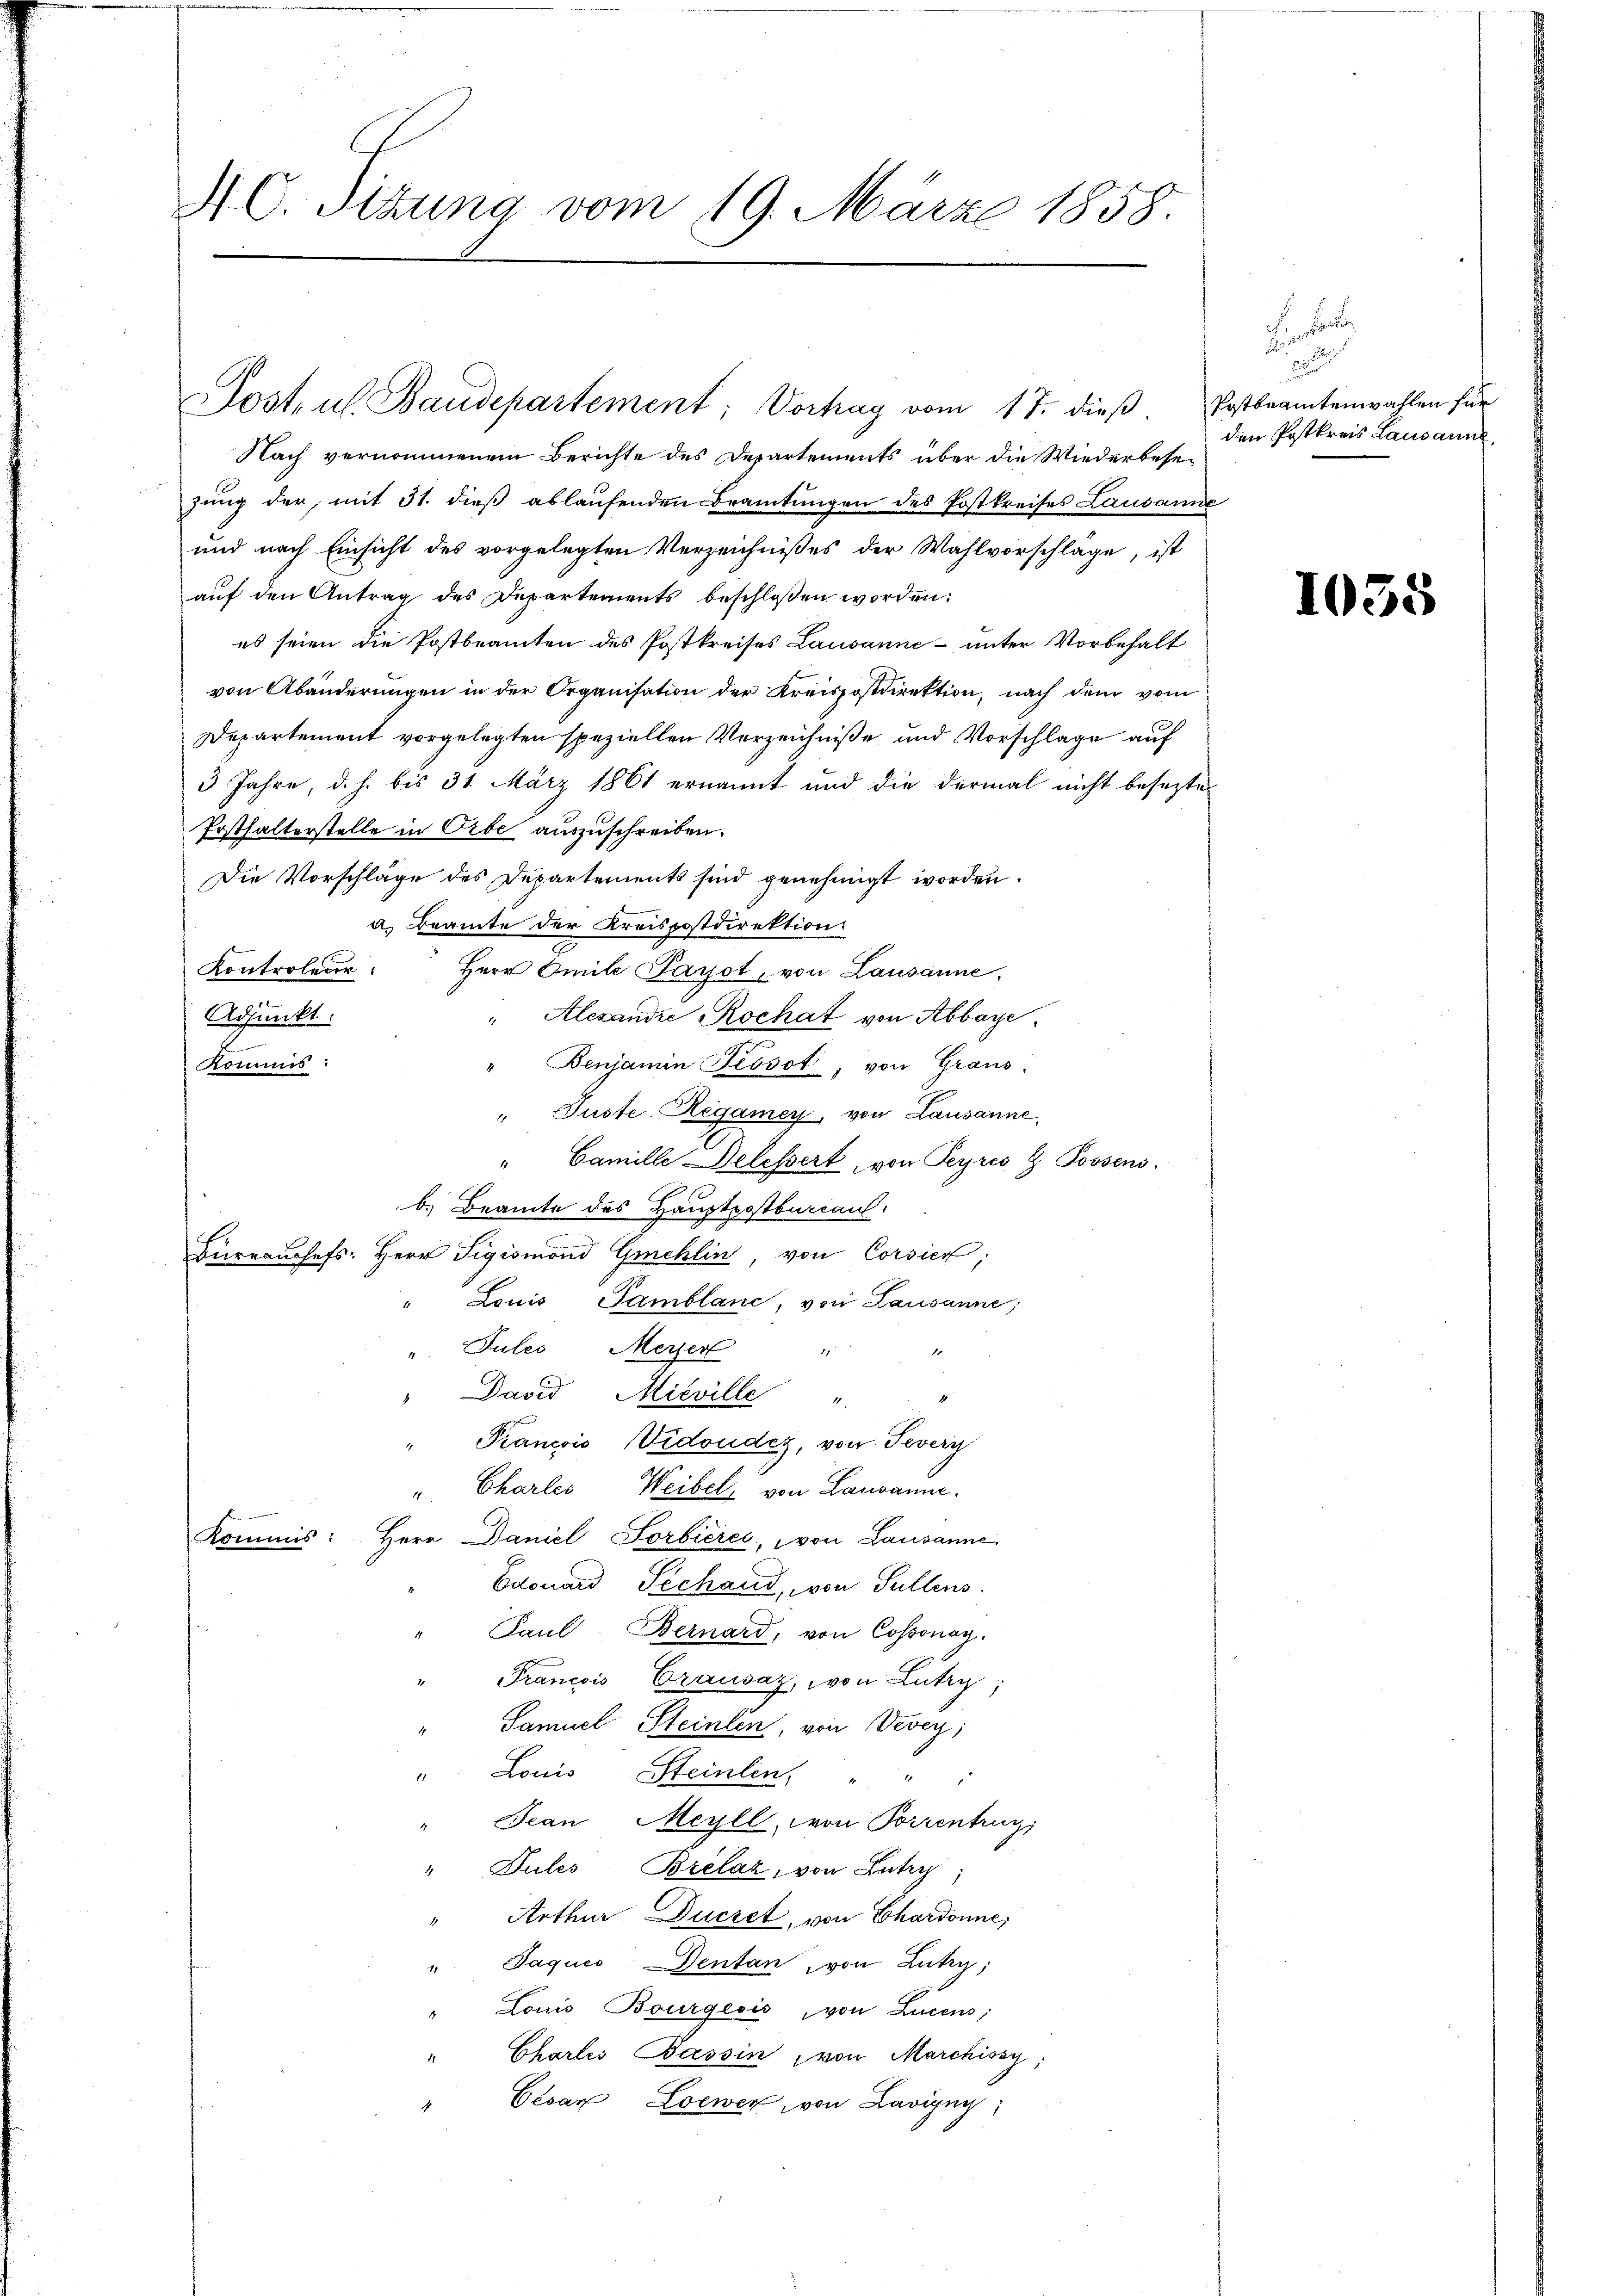
M. C. Sitzung vom 19. März 1858.

Nach vernommenem Berichte des Departements über die Wiederbese-
zung der, mit 31. dieß ablaufenden Beamtungen des Postkreises Lausan
und nach Einsicht des vorgelegten Verzeichnisses der Wahlvorschlage, ist
auf den Antrag des Departements beschlossen worden:
es seien die Postbeamten des Postkreises Lausanne – unter Vorbehalt
von Abänderungen in der Organisation der Kreispostdirektion, nach dem vom
Departement vorgelegten speziellen Verzeichniße und Vorschlage auf
3 Jahre, d. h. bis 31. März 1861 ernannt und die dermal nicht besezte
Posthalterstelle in Orbe auszuschreiben.
Die Vorschläge des Departements sind genehmigt worden.
a. Beamte der Kreispostdirektion
Kontroleur. Herr Omile Parot, von Lausanne
" Alexande Rochat von Abbaye
Adjunkt:
Benjamin Kosot, von Graus
Nomms:
 Tuste Regamey, von Lausanne,
Camille Delessert, von Peyres & Possens.
2
b. Beamte des Hauptpostburcaul.
Büreaussefs: Herr Sigismond Gmehlin, von Corsico,
Louis Samblanc, von Lausanne;
"Juleo Merzer
" David Mieville "
4
Prancois Vidonder, von Teverg
" Charles Weibel, von Lausanne.
Kommis: Herr Daniel Sorbières, von Lausanne
Edouard Sechand, von Füllens.
Paul, Bernard, von Cossonay.
" Francois Trauwaz, von Lutry
Samuel Steinlen, von Vevey;
" Louis Steinlen, " " "
Jean Meyll, von Porzentrug,
" Pules Brelaz, von Antri
Arthur Duczet, von Chardonne,
" Jaqués Dentan von Lutry,
Louis Bourgeois, von Lucens;
Charlis Bassin von Marchissy
Cevan Loewer, von Lavigny,
1

Postul Baudepartement; Vorhag vom 17. dieß.

Postbeamtenwahlen für
den Postkreis Lausanne

10.